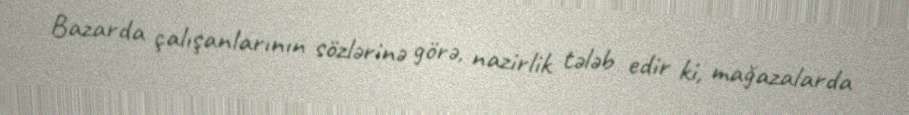
Bazarda çalışanlarının sözlərinə görə, nazirlik tələb edir ki, mağazalarda